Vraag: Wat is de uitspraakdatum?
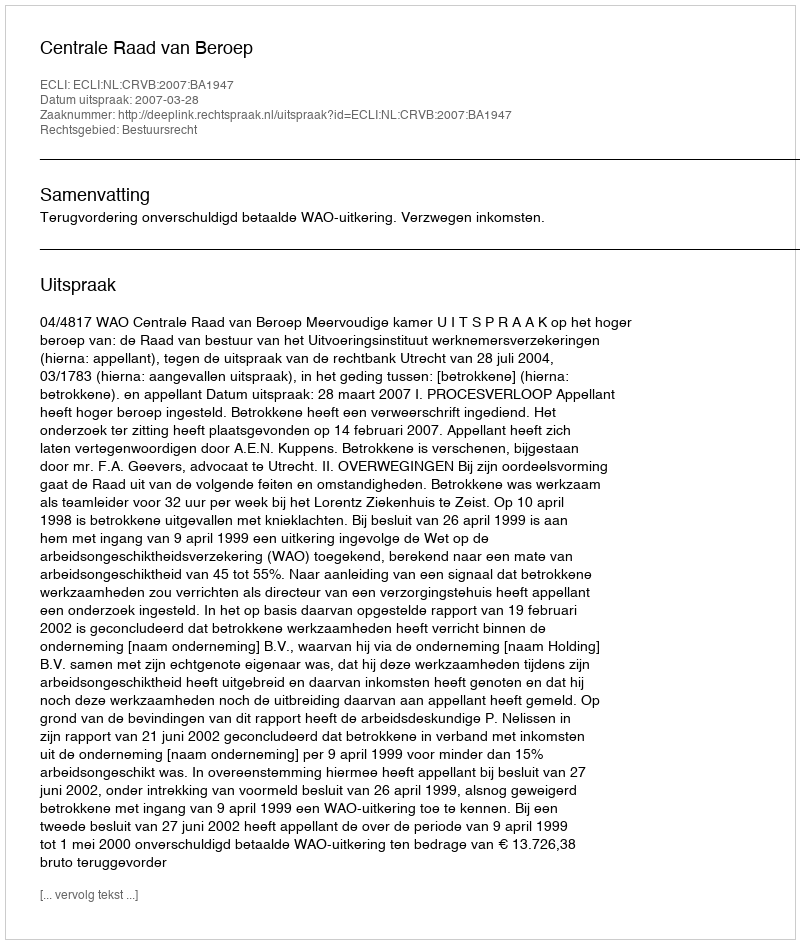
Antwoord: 2007-03-28